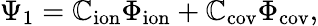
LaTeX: \Psi_{1}=\mathbb{C}_{\mathrm{{ion}}}\Phi_{\mathrm{{ion}}}+\mathbb{C}_{\mathrm{{cov}}}\Phi_{\mathrm{{cov}}},